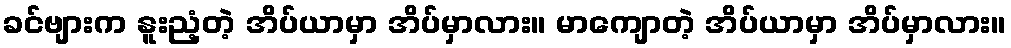
ခင်ဗျားက နူးညံ့တဲ့ အိပ်ယာမှာ အိပ်မှာလား။ မာကျောတဲ့ အိပ်ယာမှာ အိပ်မှာလား။